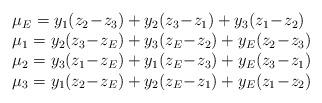
LaTeX: \begin{align*} \left. \begin{array}{l l}\mu_E = y_1(z_2\!-\!z_3)+y_2(z_3\!-\!z_1)+y_3(z_1\!-\!z_2) \\ \mu_1=y_2(z_3\!-\!z_E)+y_3(z_E\!-\!z_2)+y_E(z_2\!-\!z_3) \\ \mu_2 = y_3(z_1\!-\!z_E)+y_1(z_E\!-\!z_3)+y_E(z_3\!-\!z_1) \\ \mu_3 = y_1(z_2\!-\!z_E)+y_2(z_E\!-\!z_1)+y_E(z_1\!-\!z_2)\end{array} \right. \end{align*}